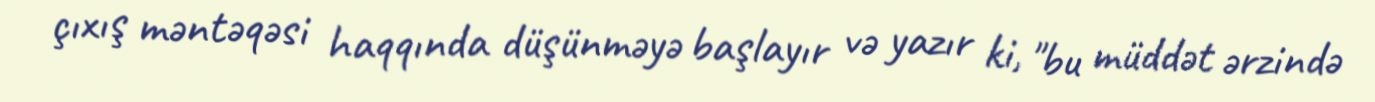
çıxış məntəqəsi haqqında düşünməyə başlayır və yazır ki, "bu müddət ərzində